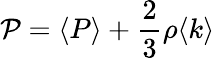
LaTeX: \mathcal{P}=\langle{P}\rangle+\frac{2}{3}\rho\langle k\rangle